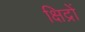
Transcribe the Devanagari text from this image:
क्षिद्रों